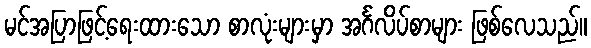
မင်အပြာဖြင့်ရေးထားသော စာလုံးများမှာ အင်္ဂလိပ်စာများ ဖြစ်လေသည်။